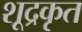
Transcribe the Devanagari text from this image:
शूद्रकृत